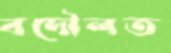
বদৌলত